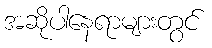
အဆိုပါနေရာများတွင်